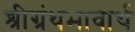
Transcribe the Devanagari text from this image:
श्रीग्रंथभावार्थ